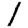
Digit: 1